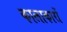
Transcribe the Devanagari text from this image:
कालाकारों